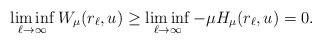
LaTeX: \begin{align*}\liminf_{\ell \to \infty} W_\mu(r_\ell,u) \geq \liminf_{\ell \to \infty} - \mu H_\mu(r_\ell,u) = 0.\end{align*}